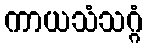
ကာယသံသဂ္ဂံ